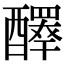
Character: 𨣠